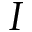
I